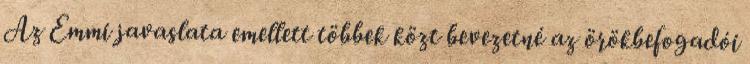
Az Emmi javaslata emellett többek közt bevezetné az örökbefogadói